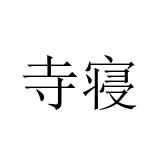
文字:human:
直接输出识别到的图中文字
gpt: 寺寝